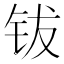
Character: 钹